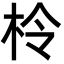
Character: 柃